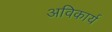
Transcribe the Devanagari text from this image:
अविकार्य